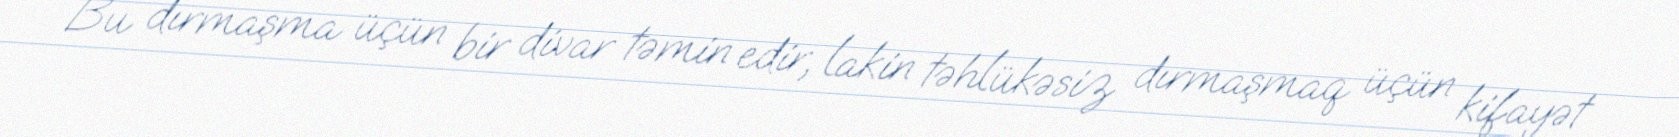
Bu dırmaşma üçün bir divar təmin edir, lakin təhlükəsiz dırmaşmaq üçün kifayət